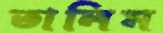
তালিম